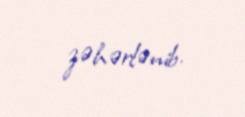
zəhərlənib.